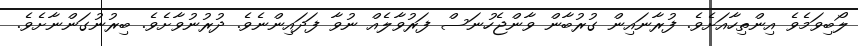
ލޯބިވަމެވެ އިންތިހާއަށެވެ. ފުރާނައިން ގުރުބާން ވާންޖެހުނަސް ފަރުވާލެއް ނުވާ ފަދައިންނެވެ. ދުރުނުވާށެވެ. ބިރުނުގަންނާށެވެ.